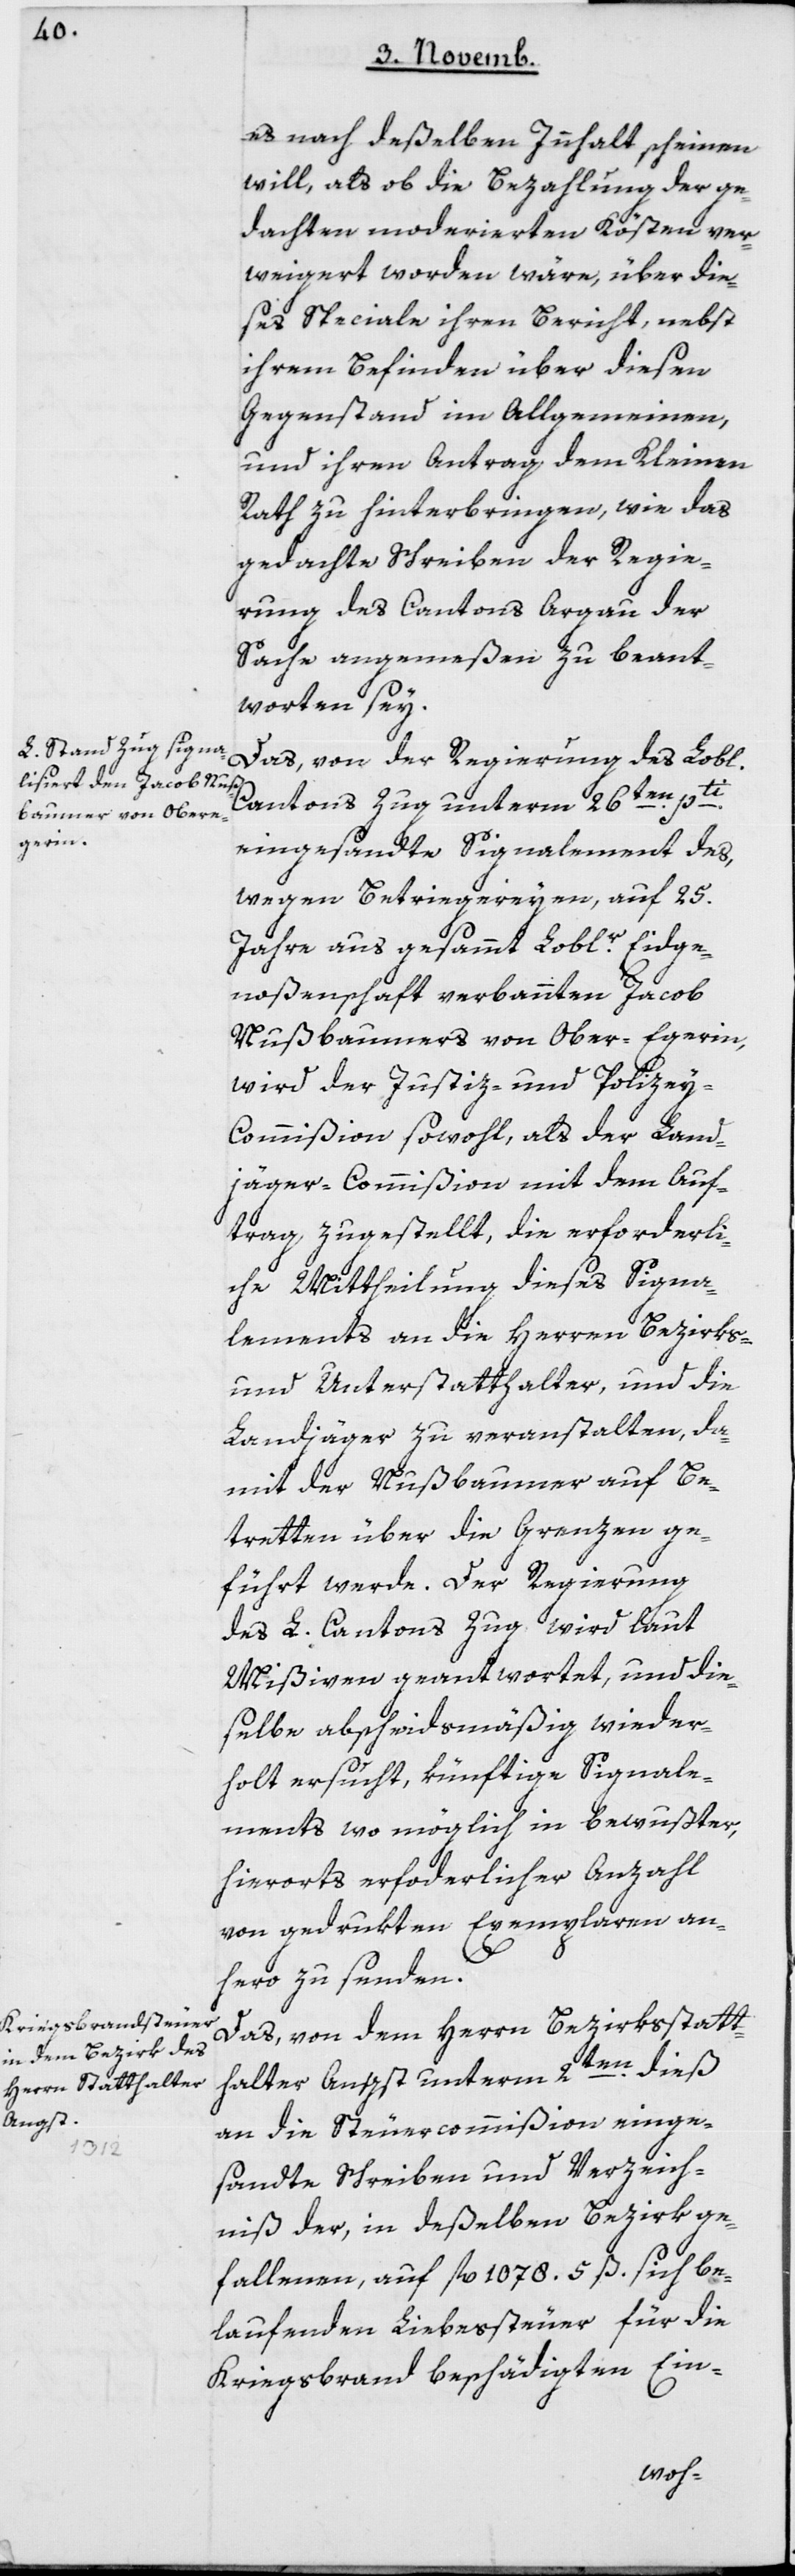
es nach deßelben Innhalt scheinen
will, als ob die Bezahlung der ge¬
dachten moderierten Kösten ver¬
weigert worden wäre, über die¬
ses Speciale ihren Bericht, nebst
ihrem Befinden über diesen
Gegenstand im Allgemeinen,
und ihren Antrag dem Kleinen
Rath zu hinterbringen, wie das
gedachte Schreiben der Regie¬
rung des Cantons Argau der
Sache angemeßen zu beant¬
worten sey.
Das, von der Regierung des L.
Cantons Zug unterm 26ten pti
eingesandte Signalement des,
wegen Betriegereyen auf 25
Jahre aus gesammt Loblr. Eidge¬
noßenschaft verbannten Jacob
Nußbaumers von Oberägeri,
wird der Justiz- und Polize¬
y-Commißion sowohl, als der Land¬
jäger-Commißion mit dem Auf¬
trag zugestellt, die erforderli¬
che Mittheilung dieses Signa¬
lements an die Herren Bezirks-
und Unterstatthalter, und die
Landjäger zu veranstalten, da¬
mit der Nußbaumer auf Be¬
tretten über die Grenzen ge¬
führt werde. Der Regierung
des L. Cantons Zug wird laut
Mißiven geantwortet, und die¬
selbe abscheidsmäßig wieder¬
holt ersucht, künftige Signale¬
ments wo möglich in bewußter,
hierorts erforderlicher Anzahl
von gedrukten Exemplaren an¬
hero zu senden.
Das, von dem Herrn Bezirksstatt¬
halter Angst unterm 2ten dieß
an die Steuercommißion einge¬
sandte Schreiben und Verzeich¬
niß der, in deßelben Bezirk ge¬
fallenen, auf 1078 fl. 5 ß sich be¬
laufenden Liebeßteuer für die
kriegsbrand beschädigten Ein-